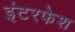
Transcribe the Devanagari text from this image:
इंटरफेश